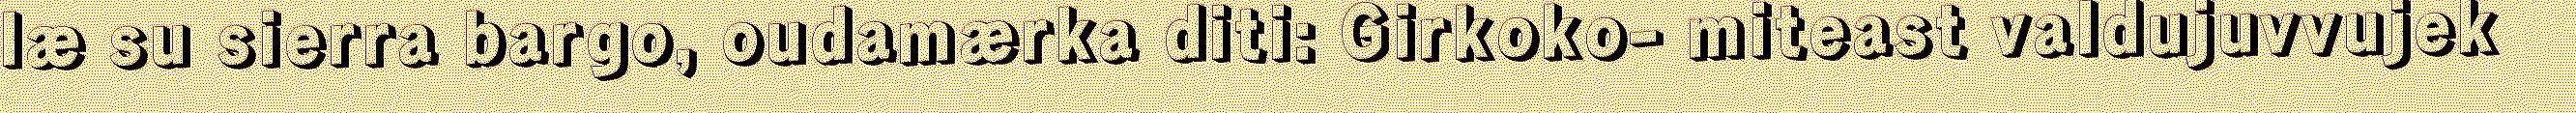
læ su sierra bargo, oudamærka diti: Girkoko- miteast valdujuvvujek